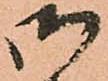
御